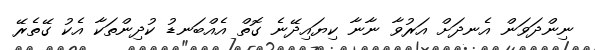
ނިންދަވަން އެނދަށް އަރުވާ ނާނާ ކިޔައިދޭނެ ގޮތް އެއްބަނޑު ކުދިންތަކާ އެކު ގޭތެރޭ